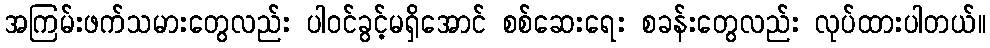
အကြမ်းဖက်သမားတွေလည်း ပါဝင်ခွင့်မရှိအောင် စစ်ဆေးရေး စခန်းတွေလည်း လုပ်ထားပါတယ်။